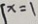
x = 1